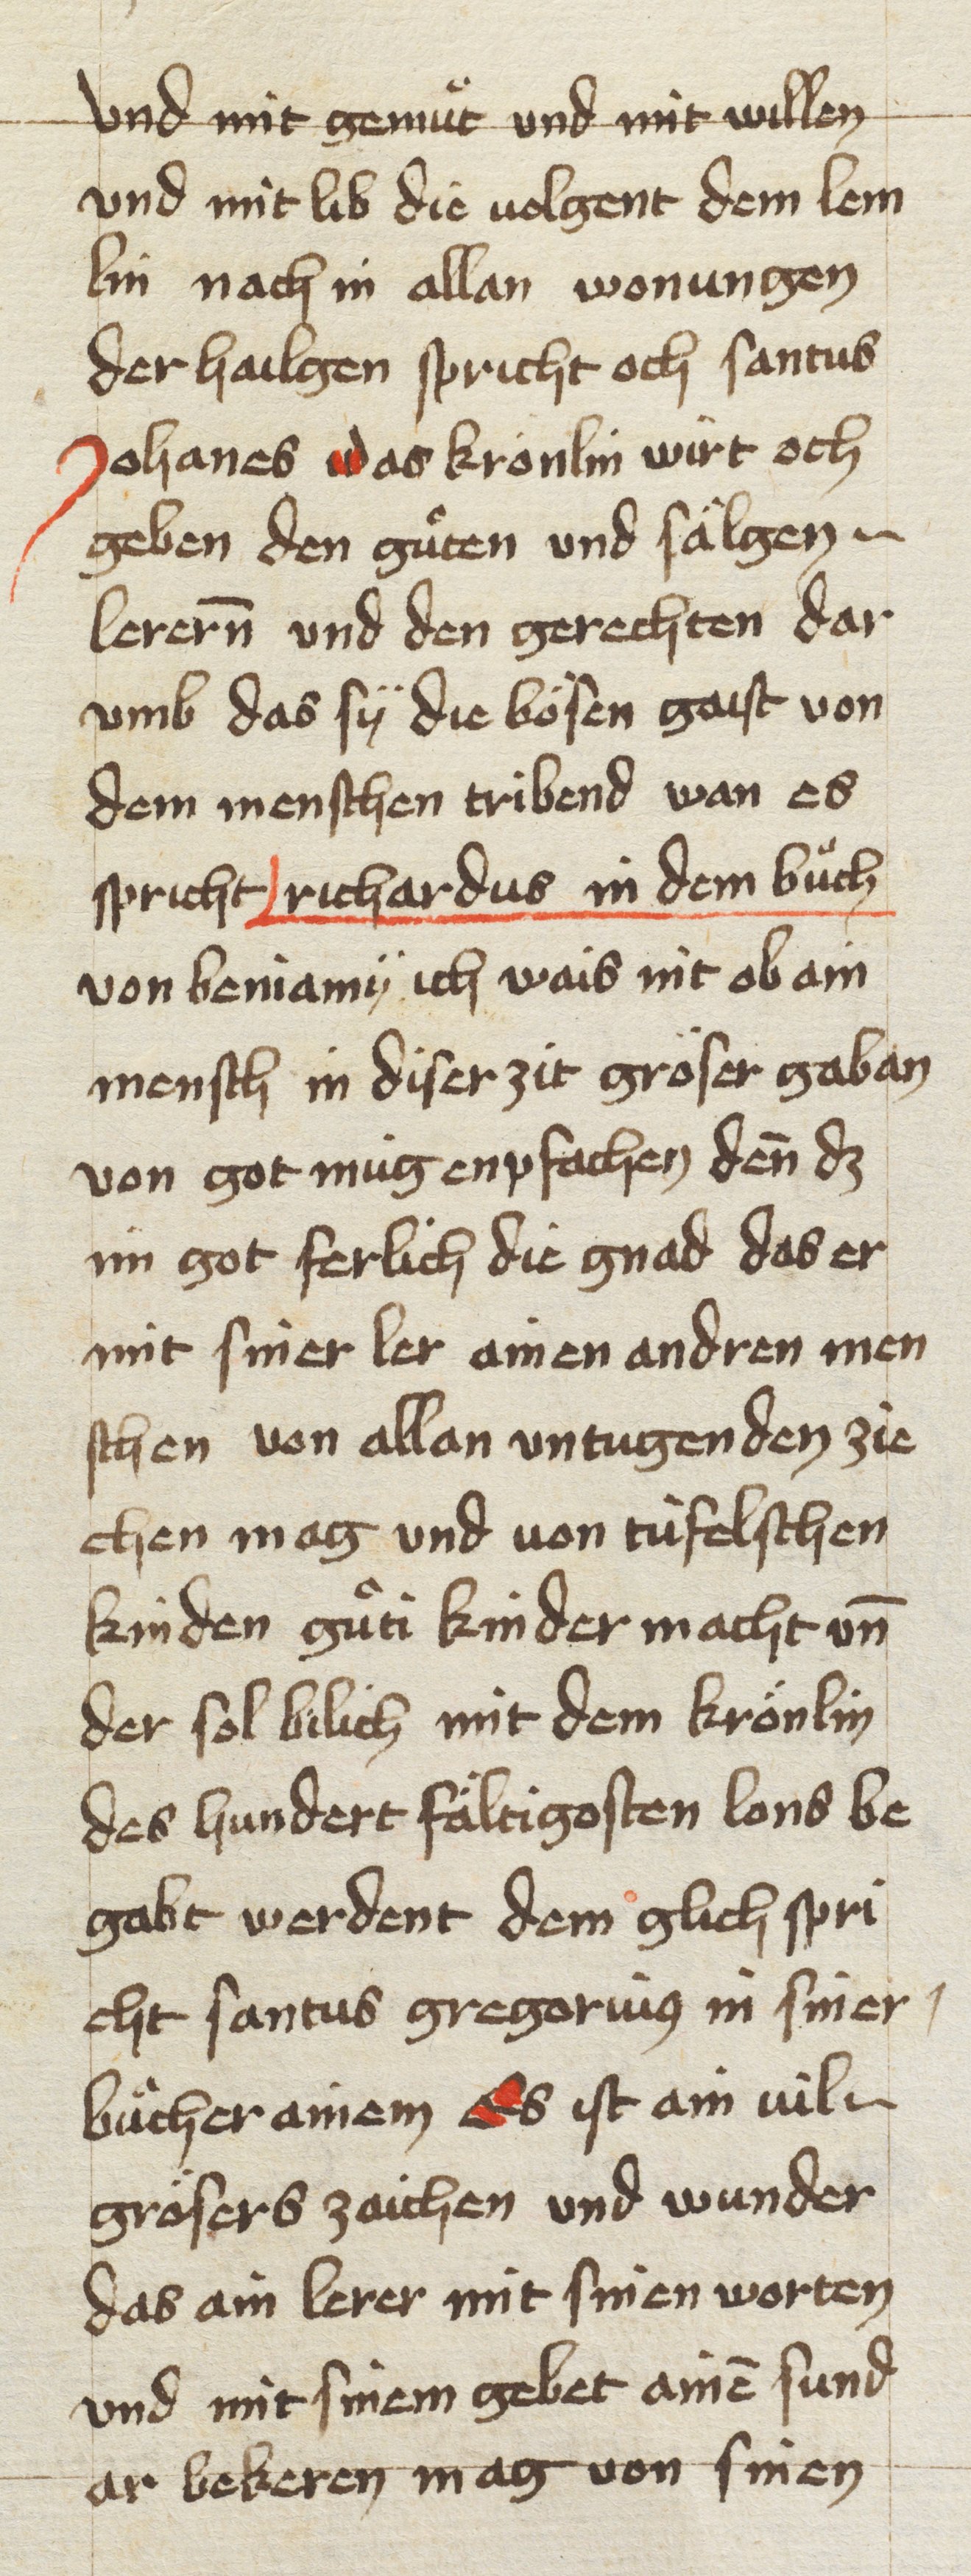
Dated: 1453–1454